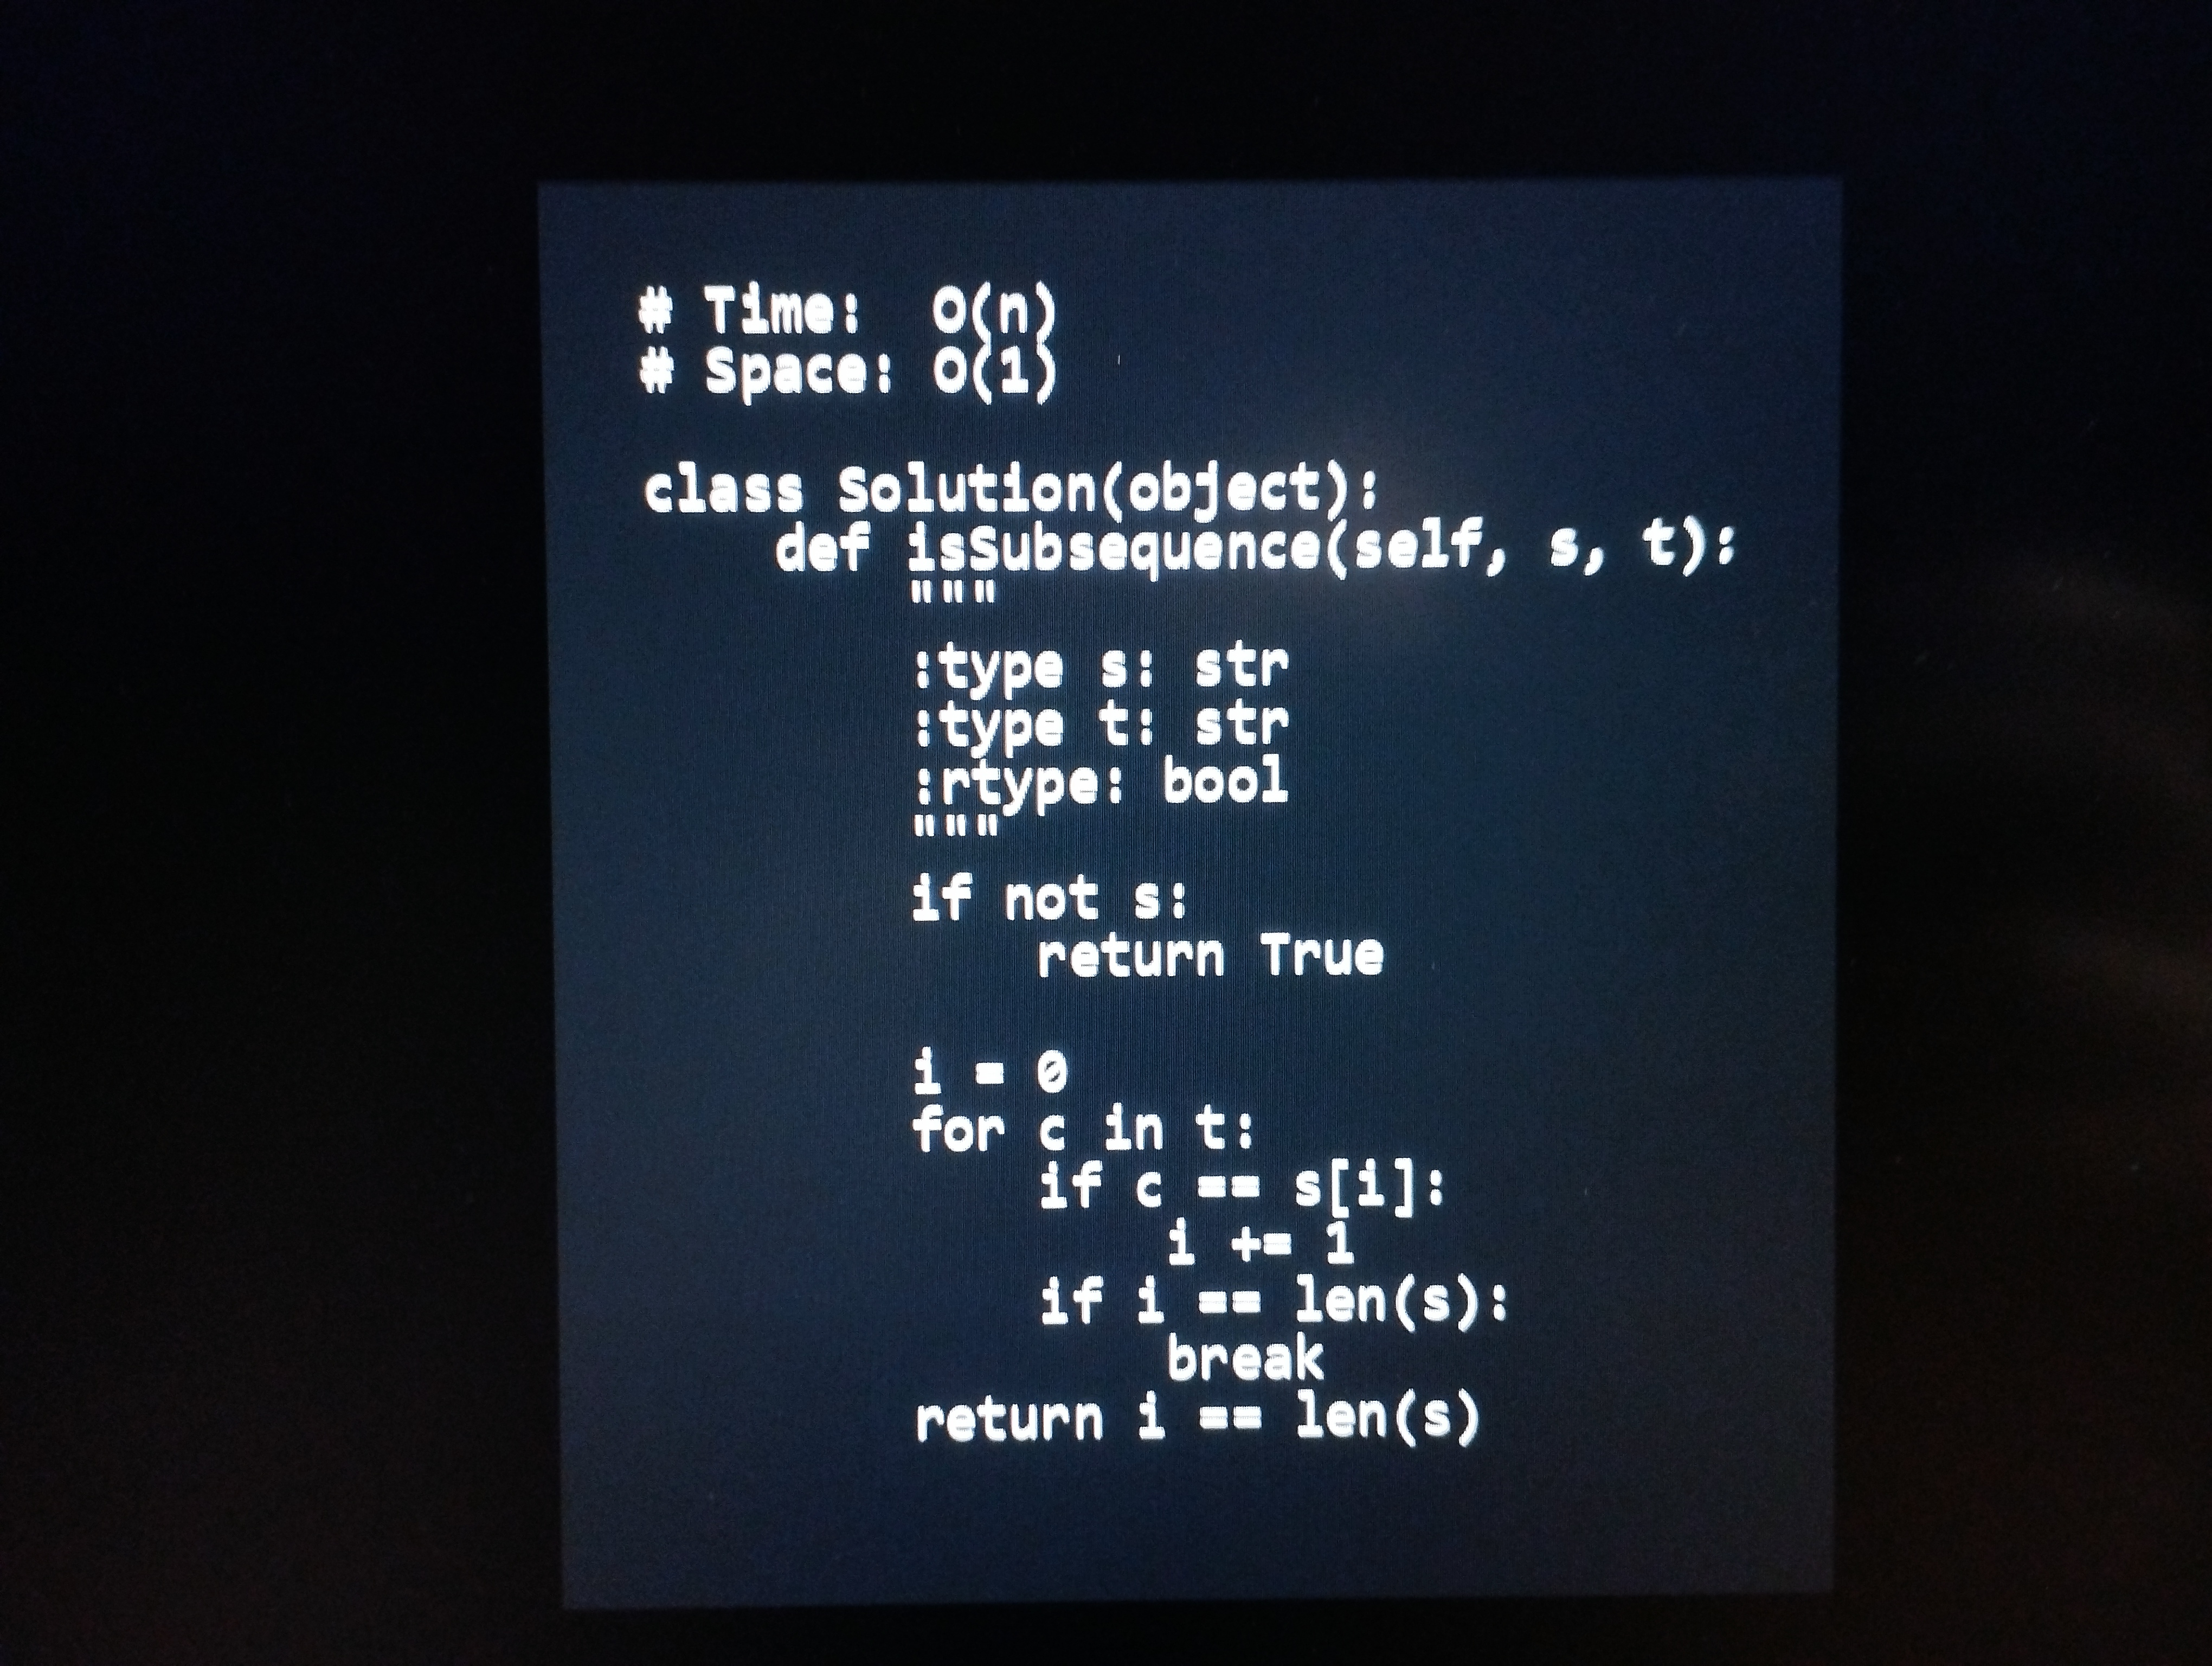
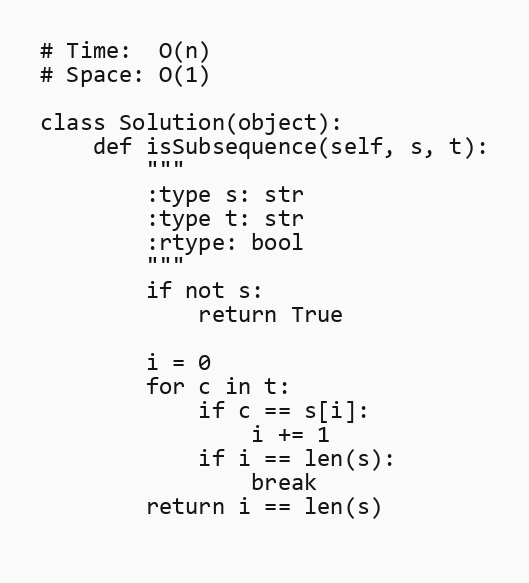
# Time:  O(n)
# Space: O(1)

class Solution(object):
    def isSubsequence(self, s, t):
        """
        :type s: str
        :type t: str
        :rtype: bool
        """
        if not s:
            return True

        i = 0
        for c in t:
            if c == s[i]:
                i += 1
            if i == len(s):
                break
        return i == len(s)